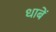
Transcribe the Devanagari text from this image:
धाबें